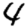
Digit: 4